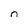
Character: n